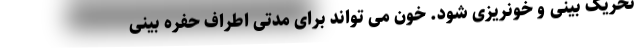
تحریک بینی و خونریزی شود. خون می تواند برای مدتی اطراف حفره بینی